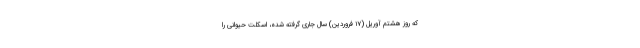
که روز هشتم آوریل (۱۷ فروردین) سال جاری گرفته شده، اسکلت حیوانی را